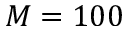
M = 1 0 0